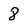
Character: 8